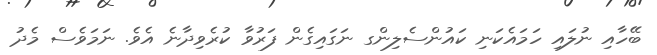
ބޭހާއި ނުލައި ހަމައެކަނި ކައުންސެލިންގ ނަގައިގެން ފަރުވާ ކުރެވިދާނެ އެވެ. ނަމަވެސް މެދު